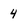
Character: 4